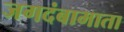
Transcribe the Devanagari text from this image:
जगदंबामाता